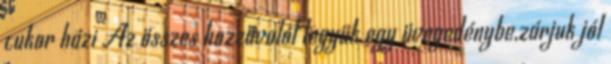
cukor házi Az összes hozzávalót tegyük egy üvegedénybe,zárjuk jól